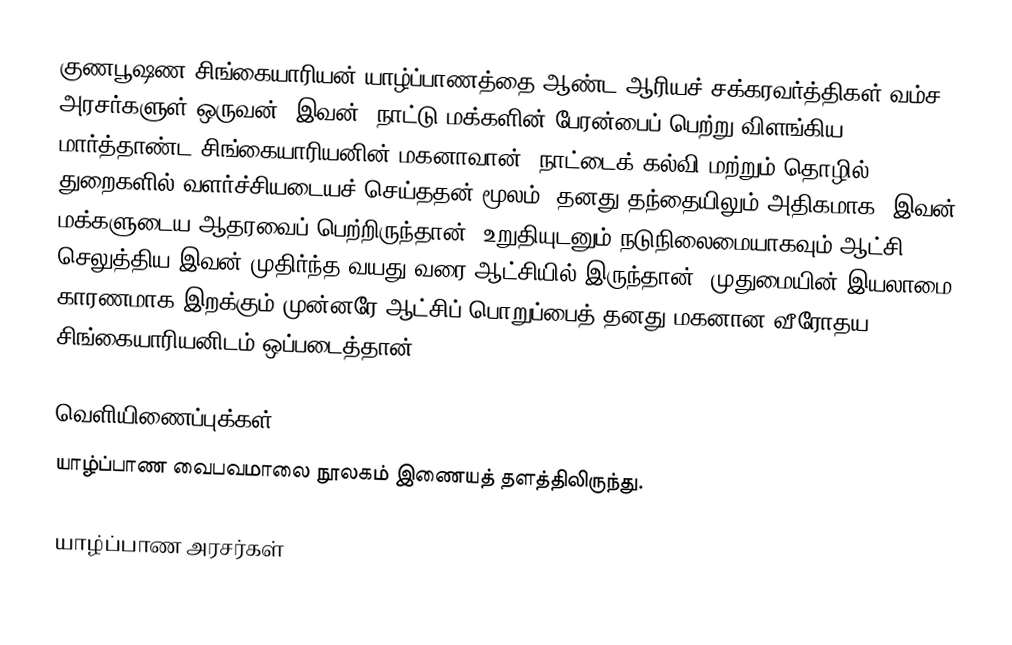
குணபூஷண சிங்கையாரியன் யாழ்ப்பாணத்தை ஆண்ட ஆரியச் சக்கரவர்த்திகள் வம்ச அரசர்களுள் ஒருவன். இவன், நாட்டு மக்களின் பேரன்பைப் பெற்று விளங்கிய மார்த்தாண்ட சிங்கையாரியனின் மகனாவான். நாட்டைக் கல்வி மற்றும் தொழில் துறைகளில் வளர்ச்சியடையச் செய்ததன் மூலம், தனது தந்தையிலும் அதிகமாக, இவன் மக்களுடைய ஆதரவைப் பெற்றிருந்தான். உறுதியுடனும் நடுநிலைமையாகவும் ஆட்சி செலுத்திய இவன் முதிர்ந்த வயது வரை ஆட்சியில் இருந்தான். முதுமையின் இயலாமை காரணமாக இறக்கும் முன்னரே ஆட்சிப் பொறுப்பைத் தனது மகனான வீரோதய சிங்கையாரியனிடம் ஒப்படைத்தான்.

வெளியிணைப்புக்கள்
 யாழ்ப்பாண வைபவமாலை நூலகம் இணையத் தளத்திலிருந்து.

 யாழ்ப்பாண அரசர்கள்